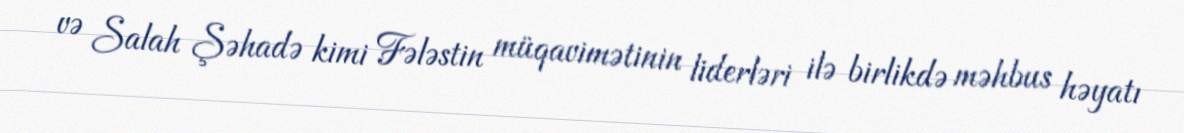
və Salah Şəhadə kimi Fələstin müqavimətinin liderləri ilə birlikdə məhbus həyatı